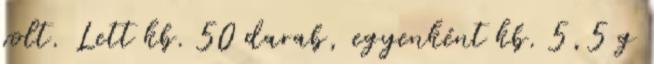
volt. Lett kb. 50 darab, egyenként kb. 5,5 g